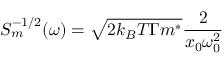
S _ { m } ^ { - 1 / 2 } ( \omega ) = \sqrt { 2 k _ { B } T \Gamma m ^ { * } } \frac { 2 } { x _ { 0 } \omega _ { 0 } ^ { 2 } }